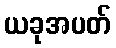
ယခုအပတ်